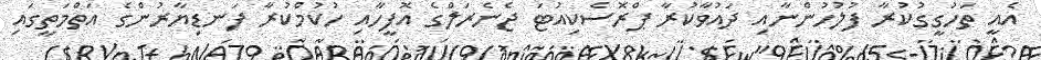
އެއީ ތަހުގީގުކުރާ ފުލުހުންނާއި ދައުވާކުރާ ޕްރޮސެކިއުޓަ ޖެނެރަލްގެ އޮފީހާއި ހުކުމްކުރާ ފަނޑިޔާރުންގެ އަތްމަތީގައި